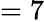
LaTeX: =7